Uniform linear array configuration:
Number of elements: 12
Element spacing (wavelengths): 0.5
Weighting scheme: exponential
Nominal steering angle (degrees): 60
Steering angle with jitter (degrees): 60.644
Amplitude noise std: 0.05
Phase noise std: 0.05

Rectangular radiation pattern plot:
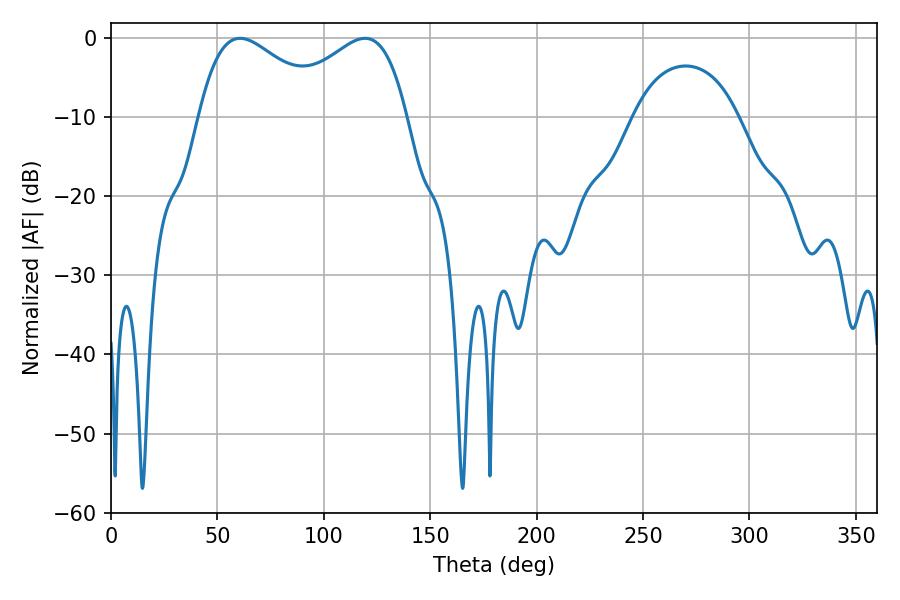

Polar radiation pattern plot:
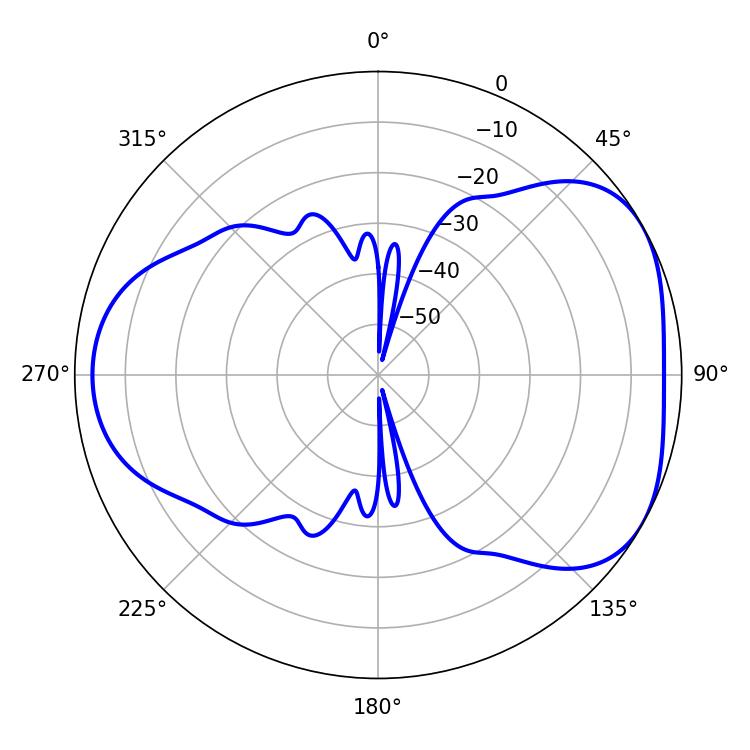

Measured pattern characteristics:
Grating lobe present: FALSE
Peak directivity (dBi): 4.497
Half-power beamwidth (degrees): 33.12
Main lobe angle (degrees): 60.66